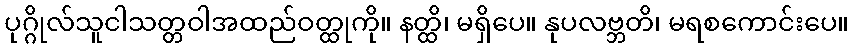
ပုဂ္ဂိုလ်သူငါသတ္တဝါအထည်ဝတ္ထုကို။ နတ္ထိ၊ မရှိပေ။ နုပလဗ္ဘတိ၊ မရစကောင်းပေ။